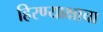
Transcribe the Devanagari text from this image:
हिरण्याक्षाचा